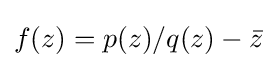
f(z)=p(z)/q(z)-{\bar {z}}